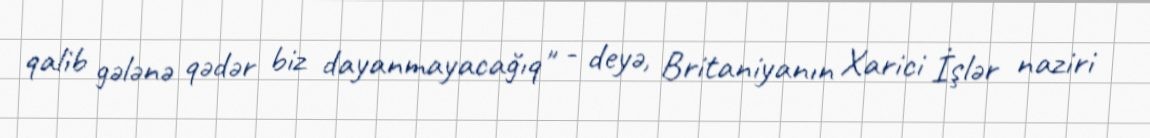
qalib gələnə qədər biz dayanmayacağıq" - deyə, Britaniyanın Xarici İşlər naziri